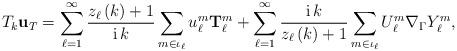
LaTeX: \begin{align*}T_{k}\mathbf{u}_{T}=\sum_{\ell=1}^{\infty}\frac{z_{\ell}\left( k\right)+1}{\operatorname*{i}k}\sum_{m\in\iota_{\ell}}u_{\ell}^{m}\mathbf{T}_{\ell}^{m}+\sum_{\ell=1}^{\infty}\frac{\operatorname*{i}k}{z_{\ell}\left(k\right) +1}\sum_{m\in\iota_{\ell}}U_{\ell}^{m}\nabla_{\Gamma}Y_{\ell}^{m},\end{align*}